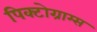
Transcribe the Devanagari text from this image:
पिक्टोग्राम्स